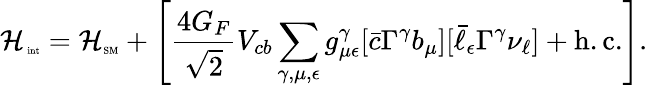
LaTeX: {\cal H}_{\mathrm{\tiny~int}}={\cal H}_{\mathrm{\tiny{SM}}}+\left[{\frac{4G_{F}}{\sqrt{2}}}V_{cb}\sum_{\gamma,\mu,\epsilon}g_{\mu\epsilon}^{\gamma}[{\bar{c}}\Gamma^{\gamma}b_{\mu}][{\bar{\ell}}_{\epsilon}\Gamma^{\gamma}{\nu_{\ell}}]+\mathrm{h.c.}\right].